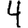
Digit: 4